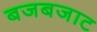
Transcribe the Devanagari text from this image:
बजबजाट